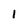
Character: 1